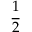
\frac { 1 } { 2 }